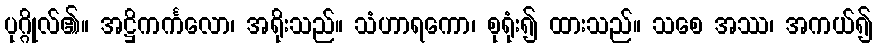
ပုဂ္ဂိုလ်၏။ အဋ္ဌိကင်္ကလော၊ အရိုးသည်။ သံဟာရကော၊ စုရုံး၍ ထားသည်။ သစေ အဿ၊ အကယ်၍